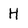
Character: H